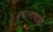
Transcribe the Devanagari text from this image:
स्थानाचाही